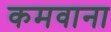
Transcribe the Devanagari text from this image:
कमवाना